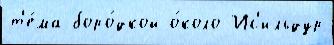
т'е́ма боро́дкой о́коло Ис'ильдур